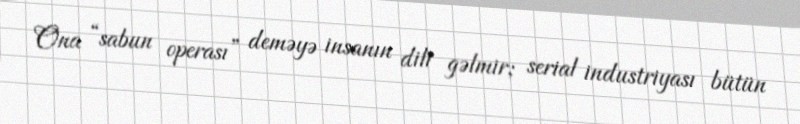
Ona “sabun operası” deməyə insanın dili gəlmir; serial industriyası bütün